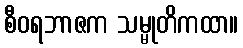
စီဝရဘာဇက သမ္မုတိကထာ။